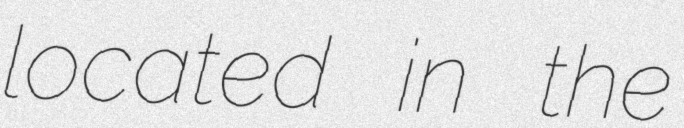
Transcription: located in the